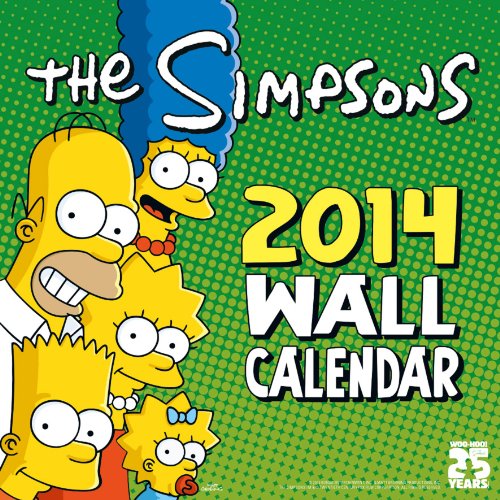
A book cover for Official The Simpsons 2014 Calendar; Calendars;